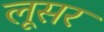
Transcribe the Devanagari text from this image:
लूसर